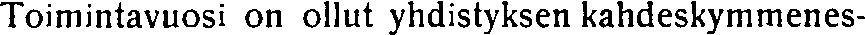
Toimintavuosi on ollut yhdistyksen kahdeskymmenes-